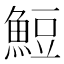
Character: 䱏